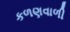
કળણવાળી